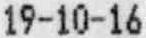
19-10-16